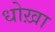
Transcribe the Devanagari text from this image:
धोख़ा